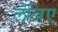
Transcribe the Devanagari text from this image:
लेन्निए